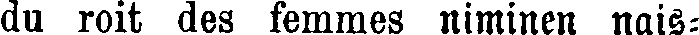
du roit des femmes niminen nais-